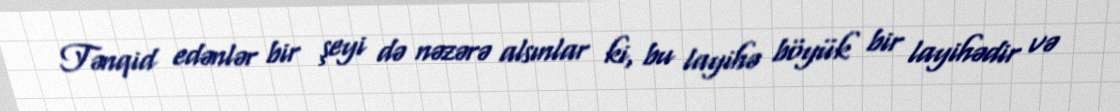
Tənqid edənlər bir şeyi də nəzərə alsınlar ki, bu layihə böyük bir layihədir və